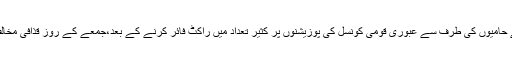
عبوری قومی کونسل کا کہنا تھا کہ قذافی کے حامیوں کی طرف سے عبوری قومی کونسل کی پوزیشنوں پر کثیر تعداد میں راکٹ فائر کرنے کے بعد،جمعے کے روز قذافی مخالف افواج کو بنی ولید کی طرف روانہ کیا گیا ۔